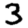
Digit: 3